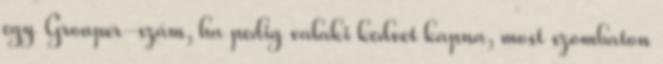
egy Grouper-szám, ha pedig valaki kedvet kapna, most szombaton